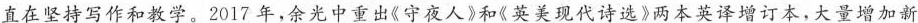
直在坚持写作和教学。2017年，余光中重出《守夜人》和《英美现代诗选》两本英泽增订本，大量增加新